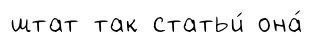
штат так статьи́ она́